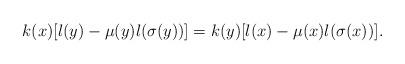
LaTeX: \begin{align*} k(x)[l(y)-\mu(y)l(\sigma(y))]=k(y)[l(x)-\mu(x)l(\sigma(x))].\end{align*}